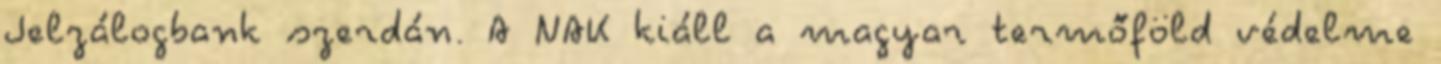
Jelzálogbank szerdán. A NAK kiáll a magyar termőföld védelme